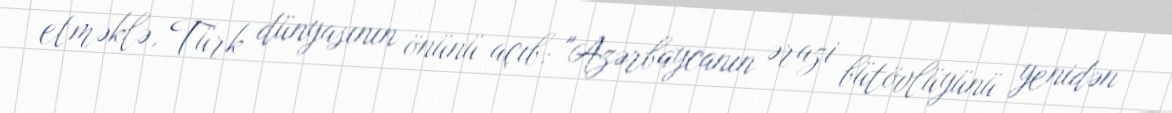
etməklə, Türk dünyasının önünü açıb: "Azərbaycanın ərazi bütövlüyünü yenidən